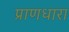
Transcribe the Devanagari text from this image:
प्राणधारा